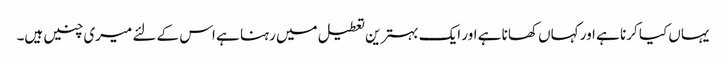
یہاں کیا کرنا ہے اور کہاں کھانا ہے اور ایک بہترین تعطیل میں رہنا ہے اس کے لئے میری چنیں ہیں۔